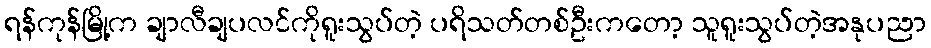
ရန်ကုန်မြို့က ချာလီချပလင်ကိုရူးသွပ်တဲ့ ပရိသတ်တစ်ဦးကတော့ သူရူးသွပ်တဲ့အနုပညာ